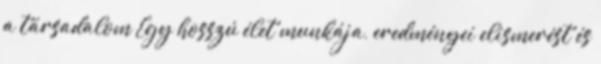
a társadalom Egy hosszú élet munkája, eredményei elismerést és